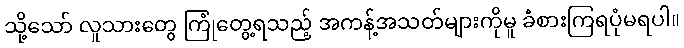
သို့သော် လူသားတွေ ကြုံတွေ့ရသည့် အကန့်အသတ်များကိုမူ ခံစားကြရပုံမရပါ။